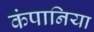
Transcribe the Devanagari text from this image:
कंपानिया